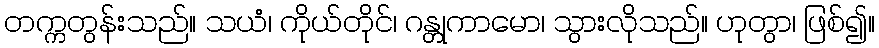
တက္ကတွန်းသည်။ သယံ၊ ကိုယ်တိုင်၊ ဂန္တုကာမော၊ သွားလိုသည်။ ဟုတွာ၊ ဖြစ်၍။